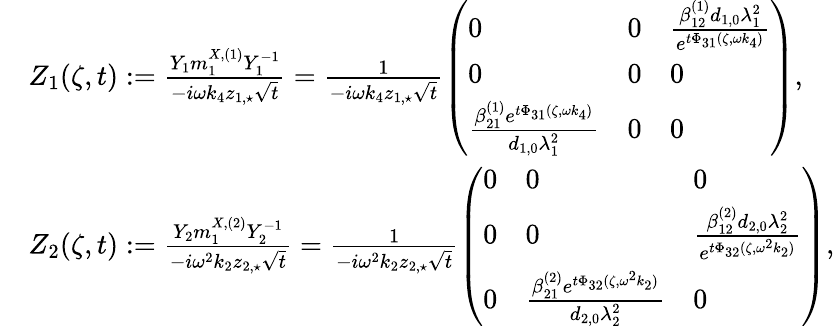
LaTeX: \begin{array}{rl}&{Z_{1}(\zeta,t):=\frac{Y_{1}m_{1}^{X,(1)}Y_{1}^{-1}}{-i\omega k_{4}z_{1,\star}\sqrt{t}}=\frac{1}{-i\omega k_{4}z_{1,\star}\sqrt{t}}\left(\begin{array}{lll}{0}&{0}&{\frac{\beta_{12}^{(1)}d_{1,0}\lambda_{1}^{2}}{e^{t\Phi_{31}(\zeta,\omega k_{4})}}}\\ {0}&{0}&{0}\\ {\frac{\beta_{21}^{(1)}e^{t\Phi_{31}(\zeta,\omega k_{4})}}{d_{1,0}\lambda_{1}^{2}}}&{0}&{0}\end{array}\right),}\\ &{Z_{2}(\zeta,t):=\frac{Y_{2}m_{1}^{X,(2)}Y_{2}^{-1}}{-i\omega^{2}k_{2}z_{2,\star}\sqrt{t}}=\frac{1}{-i\omega^{2}k_{2}z_{2,\star}\sqrt{t}}\left(\begin{array}{lll}{0}&{0}&{0}\\ {0}&{0}&{\frac{\beta_{12}^{(2)}d_{2,0}\lambda_{2}^{2}}{e^{t\Phi_{32}(\zeta,\omega^{2}k_{2})}}}\\ {0}&{\frac{\beta_{21}^{(2)}e^{t\Phi_{32}(\zeta,\omega^{2}k_{2})}}{d_{2,0}\lambda_{2}^{2}}}&{0}\end{array}\right),}\end{array}